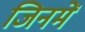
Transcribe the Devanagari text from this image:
जिनमें